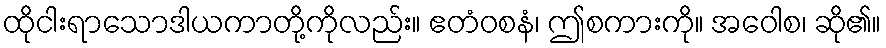
ထိုငါးရာသောဒါယကာတို့ကိုလည်း။ ဧတံဝစနံ၊ ဤစကားကို။ အဝေါစ၊ ဆို၏။